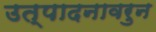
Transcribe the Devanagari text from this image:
उत्पादनावरुन